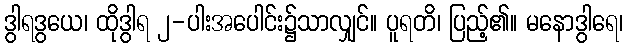
ဒွါရဒွယေ၊ ထိုဒွါရ ၂-ပါးအပေါင်း၌သာလျှင်။ ပူရတိ၊ ပြည့်၏။ မနောဒွါရေ၊